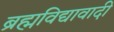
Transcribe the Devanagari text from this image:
ब्रह्मविद्यावादी